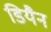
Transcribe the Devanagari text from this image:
डियैन